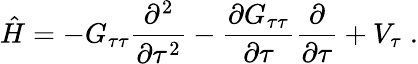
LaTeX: \hat{H}=-G_{\tau\tau}\frac{\partial^{2}}{\partial\tau^{2}}-\frac{\partial G_{\tau\tau}}{\partial\tau}\frac{\partial}{\partial\tau}+V_{\tau}\; .